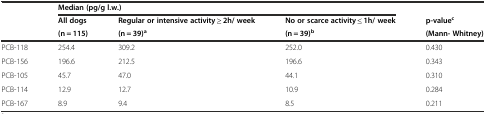
<table><thead><tr><td></td><td colspan="3"><b>Median (pg/g l.w.)</b></td><td></td></tr><tr><td rowspan="2"></td><td><b>All dogs</b></td><td><b>Regular or intensive activity ≥ 2h/ week</b></td><td><b>No or scarce activity ≤ 1h/ week</b></td><td><b>p-value<sup>c</sup></b></td></tr><tr><td><b>(n = 115)</b></td><td><b>(n = 39)<sup>a</sup></b></td><td><b>(n = 39)<sup>b</sup></b></td><td><b>(Mann- Whitney)</b></td></tr></thead><tbody><tr><td>PCB-118</td><td>254.4</td><td>309.2</td><td>252.0</td><td>0.430</td></tr><tr><td>PCB-156</td><td>196.6</td><td>212.5</td><td>196.6</td><td>0.343</td></tr><tr><td>PCB-105</td><td>45.7</td><td>47.0</td><td>44.1</td><td>0.310</td></tr><tr><td>PCB-114</td><td>12.9</td><td>12.7</td><td>10.9</td><td>0.284</td></tr><tr><td>PCB-167</td><td>8.9</td><td>9.4</td><td>8.5</td><td>0.211</td></tr></tbody></table>